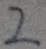
2